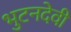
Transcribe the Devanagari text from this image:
भुटनदेवी